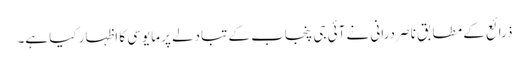
ذرائع کے مطابق ناصر درانی نے آئی جی پنجاب کے تبادلے پر مایوسی کا اظہار کیا ہے۔